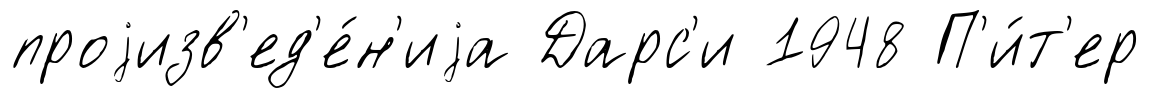
проjизв'ед'е́н'иjа Дарс'и 1948 П'и́т'ер